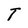
Character: T